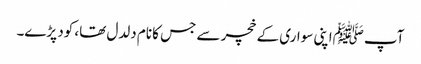
آپ ﷺاپنی سواری کے خچر سے جس کا نام دلدل تھا، کود پڑے۔